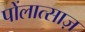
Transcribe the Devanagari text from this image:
पोंलात्साज़